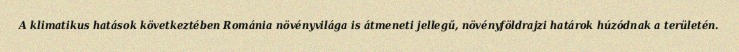
A klimatikus hatások következtében Románia növényvilága is átmeneti jellegű, növényföldrajzi határok húzódnak a területén.